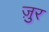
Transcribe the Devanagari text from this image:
ज़ुर